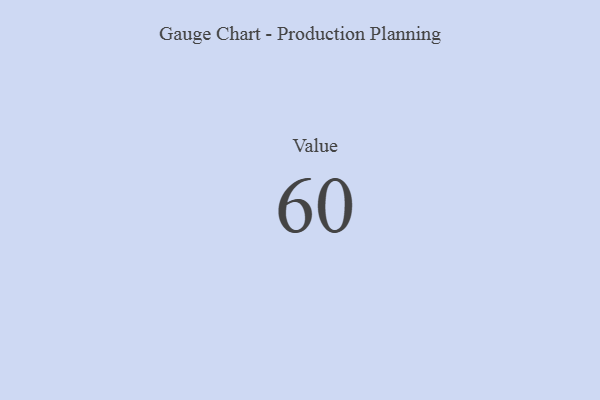
{"axis": {"x": "Metric", "y": "Value"}, "legend": [""], "data": [{"x": "Value", "y": 60, "type": ""}]}